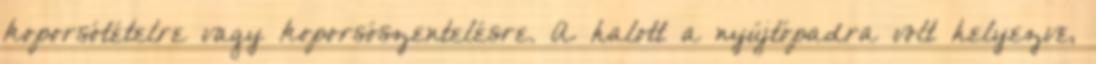
koporsótételre vagy koporsószentelésre. A halott a nyújtópadra volt helyezve,